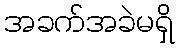
အခက်အခဲမရှိ